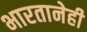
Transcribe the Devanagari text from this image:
भारतानेही